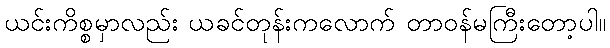
ယင်းကိစ္စမှာလည်း ယခင်တုန်းကလောက် တာဝန်မကြီးတော့ပါ။